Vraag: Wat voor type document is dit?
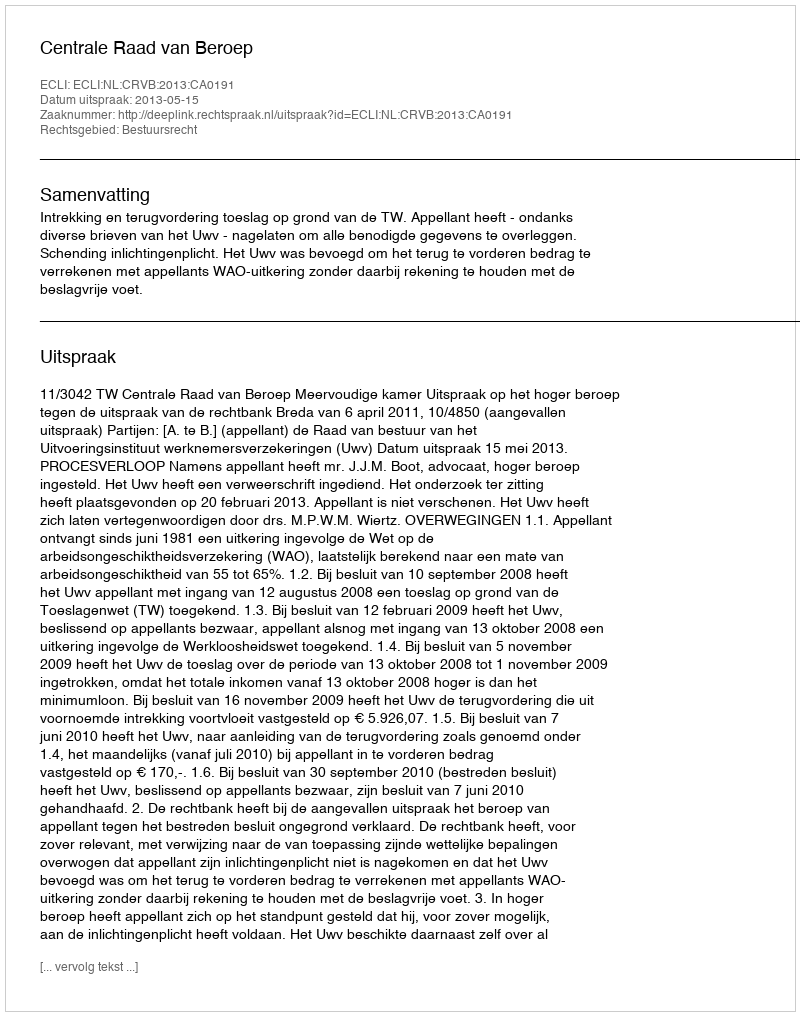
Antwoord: Uitspraak